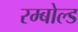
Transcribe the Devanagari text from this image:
रम्बोल्ड